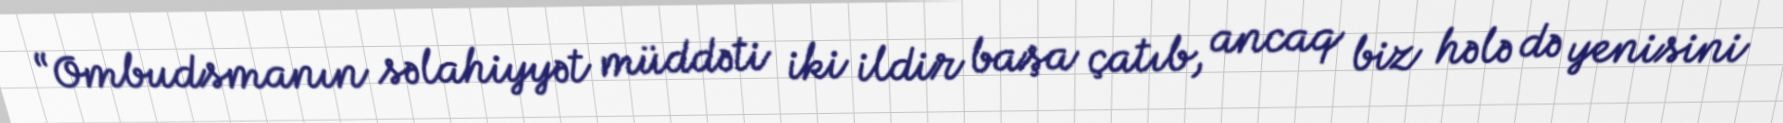
“Ombudsmanın səlahiyyət müddəti iki ildir başa çatıb, ancaq biz hələ də yenisini